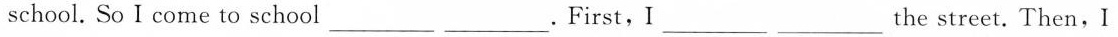
school. So I come to school___. First, I___the street. Then, I